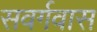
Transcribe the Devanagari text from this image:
सवर्गवास